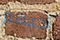
أدعهم